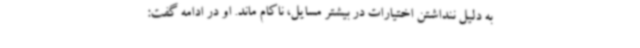
به دلیل ننداشتن اختیارات در بیشتر مسایل، ناکام ماند. او در ادامه گفت: